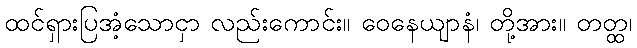
ထင်ရှားပြအံ့သောငှာ လည်းကောင်း။ ဝေနေယျာနံ၊ တို့အား။ တတ္ထ၊